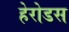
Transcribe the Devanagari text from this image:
हेरोडस